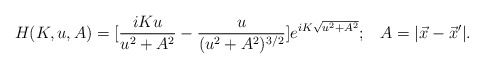
\begin{align*}H(K,u,A) = [\frac{iKu}{u^2+A^2} - \frac{u}{(u^2+A^2)^{3/2}}]e^{iK\sqrt{u^2+A^2}}; \;\;\; A = |\vec{x}-\vec{x}'|.\end{align*}